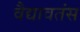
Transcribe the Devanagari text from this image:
वैद्यावतंस